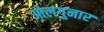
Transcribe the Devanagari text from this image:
ओलगुनार